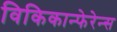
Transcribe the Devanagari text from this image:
विकिकान्फेरेन्स